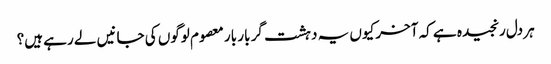
ہر دل رنجیدہ ہے کہ آخر کیوں یہ دہشت گر بار بار معصوم لوگوں کی جانیں لے رہے ہیں؟